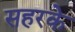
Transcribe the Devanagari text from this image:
सहरके